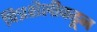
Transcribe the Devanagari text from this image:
चित्रशैलीकडून